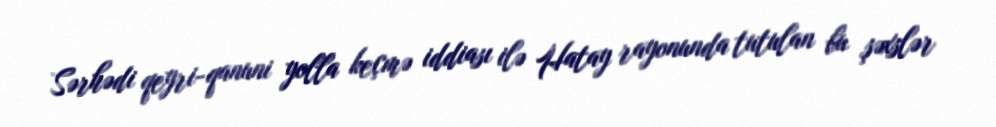
Sərhədi qeyri-qanuni yolla keçmə iddiası ilə Hatay rayonunda tutulan bu şəxslər